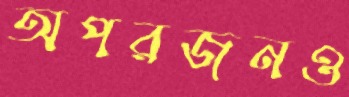
অপরজনও